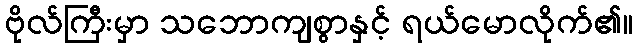
ဗိုလ်ကြီးမှာ သဘောကျစွာနှင့် ရယ်မောလိုက်၏။